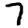
Digit: 7